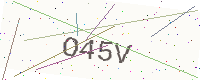
Text: O45V